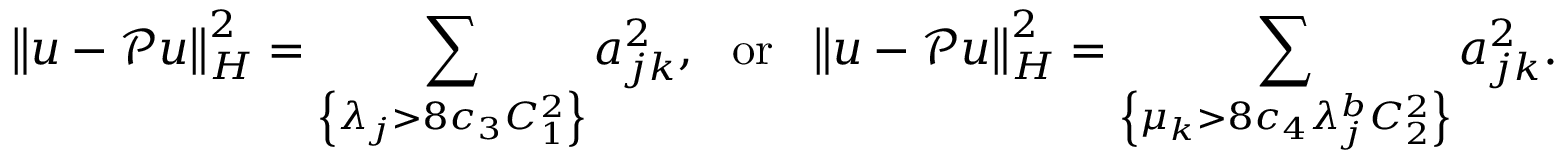
\left\lVert \boldsymbol { u } - \mathcal { P } \boldsymbol { u } \right\rVert _ { H } ^ { 2 } = \sum _ { \left\{ \lambda _ { j } > 8 c _ { 3 } C _ { 1 } ^ { 2 } \right\} } a _ { j k } ^ { 2 } , \ \mathrm { ~ o r ~ } \ \left\lVert \boldsymbol { u } - \mathcal { P } \boldsymbol { u } \right\rVert _ { H } ^ { 2 } = \sum _ { \left\{ \mu _ { k } > 8 c _ { 4 } \lambda _ { j } ^ { b } C _ { 2 } ^ { 2 } \right\} } a _ { j k } ^ { 2 } .